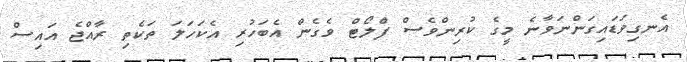
އެނގިވަޑައިގަންނަވާނެ މީގެ ކުރިންވެސް ފްލޯޓް ވެގެން އެބަހުރި އެކަހަލަ ތަކެތި ރާއްޖެ އައިސް